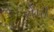
રોપી